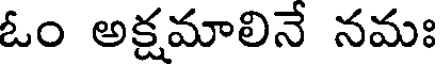
ఓం అక్షమాలినే నమః